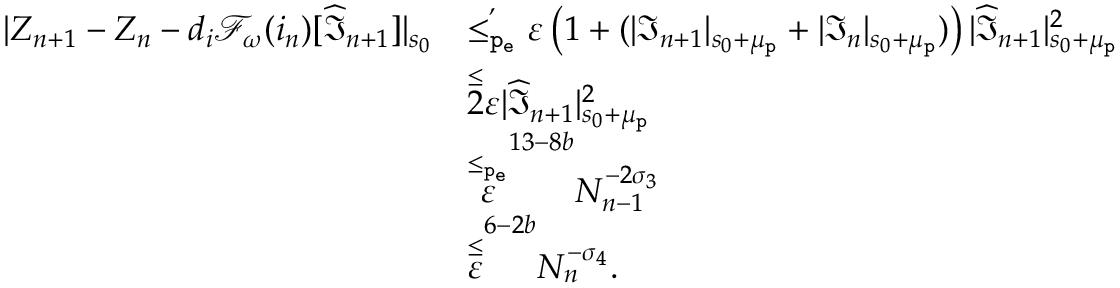
\begin{array} { r l } { | Z _ { n + 1 } - Z _ { n } - d _ { i } \mathcal { F } _ { \omega } ( i _ { n } ) [ \widehat { \mathfrak { I } } _ { n + 1 } ] | _ { s _ { 0 } } } & { \overset { , } { \le _ { \mathtt { p _ { e } } } } \varepsilon \left( 1 + ( | \mathfrak { I } _ { n + 1 } | _ { s _ { 0 } + \mu _ { \mathtt { p } } } + | \mathfrak { I } _ { n } | _ { s _ { 0 } + \mu _ { \mathtt { p } } } ) \right) | \widehat { \mathfrak { I } } _ { n + 1 } | _ { s _ { 0 } + \mu _ { \mathtt { p } } } ^ { 2 } } \\ & { \overset \le 2 \varepsilon | \widehat { \mathfrak { I } } _ { n + 1 } | _ { s _ { 0 } + \mu _ { \mathtt { p } } } ^ { 2 } } \\ & { \overset { \le _ { \mathtt { p _ { e } } } } \varepsilon ^ { 1 3 - 8 b } N _ { n - 1 } ^ { - 2 \sigma _ { 3 } } } \\ & { \overset \le \varepsilon ^ { 6 - 2 b } N _ { n } ^ { - \sigma _ { 4 } } . } \end{array}